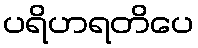
ပရိဟရတိပေ